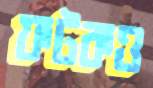
ফটকও